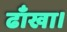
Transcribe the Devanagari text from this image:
ढाँखा।